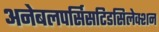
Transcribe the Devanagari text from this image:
अनेबलपर्सिसटिडसिलेक्शन